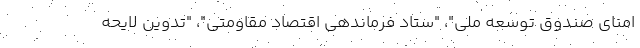
امنای صندوق توسعه ملی"، "ستاد فرماندهی اقتصاد مقاومتی"، "تدوین لایحه